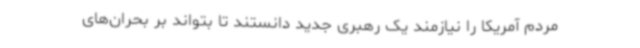
مردم آمریکا را نیازمند یک رهبری جدید دانستند تا بتواند بر بحران‌های